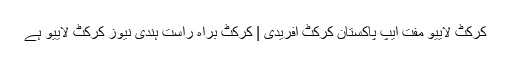
کرکٹ لايیو مفت ایپ پاکستان کرکٹ افریدی | کرکٹ براہ راست ہندی نیوز کرکٹ لايیو ہے